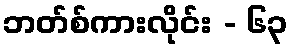
ဘတ်စ်ကားလိုင်း - ၆၃